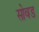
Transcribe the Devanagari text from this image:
सोवड